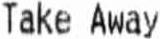
TAKE AWAY